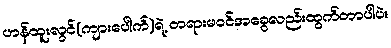
ဟန်ထူးလွင်(ကျားပေါက်)ရဲ့ တရားမဝင်အခွေလည်းထွက်တာပါပဲ။